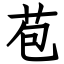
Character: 苞